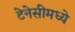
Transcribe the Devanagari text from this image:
टेनेसीमध्ये